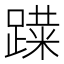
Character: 𰸨